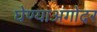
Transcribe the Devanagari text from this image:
घेण्याअगोदर